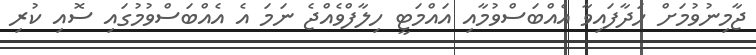
ޖާމިނުވުމަށް ހަދާފައިވާ އެއްބަސްވުމާއި އައްމަޓީ ހިލާފްވެއްޖެ ނަމަ އެ އެއްބަސްވުމުގައި ސޮއި ކުރި